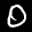
Label: 0